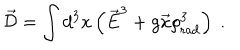
\vec { \cal D } = \int d ^ { 3 } x \left( \vec { E } ^ { 3 } + g \vec { x } \rho _ { \mathrm { r a d } } ^ { 3 } \right) \ .